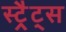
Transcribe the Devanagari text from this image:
स्ट्रैट्‍स